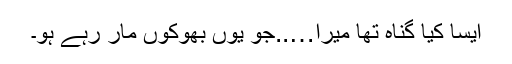
ایسا کیا گناہ تھا میرا…..جو یوں بھوکوں مار رہے ہو۔